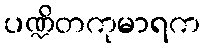
ပဏ္ဍိတကုမာရက